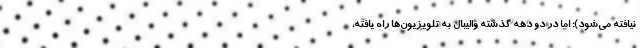
نیافته می‌شود)؛ اما در دو دهه گذشته والیبال به تلویزیون‌ها راه یافته،